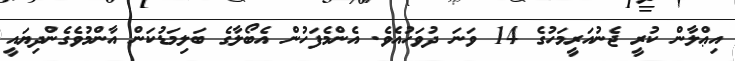
އިޢްލާން ކުރީ ޖެނުއަރީމަހުގެ 14 ވަނަ ދުވަހުއެވެ. އެންމެފަހުން އެބޯލާގެ ބަލިމަޑުކަން އާންމުވެގެންދިޔައީ